Scottish Leaving Certificate Examination, 1954
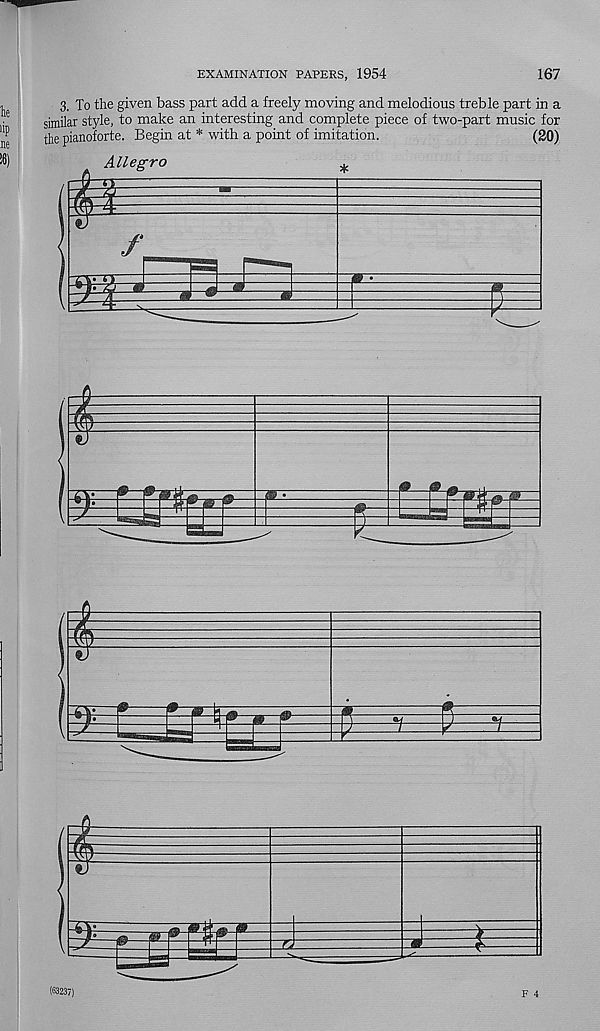
EXAMINATION PAPERS, 1954
167
3. To the given bass part add a freely moving and melodious treble part in a
similar style, to make an interesting and complete piece of two-part music for
the pianoforte. Begin at * with a point of imitation.
(20)
i
Allegro
.y,
m
1
£
f
m
g